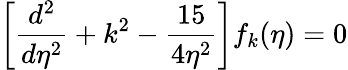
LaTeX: \left[\frac{d^{2}}{d\eta^{2}}+k^{2}-\frac{15}{4\eta^{2}}\right]f_{k}(\eta)=0